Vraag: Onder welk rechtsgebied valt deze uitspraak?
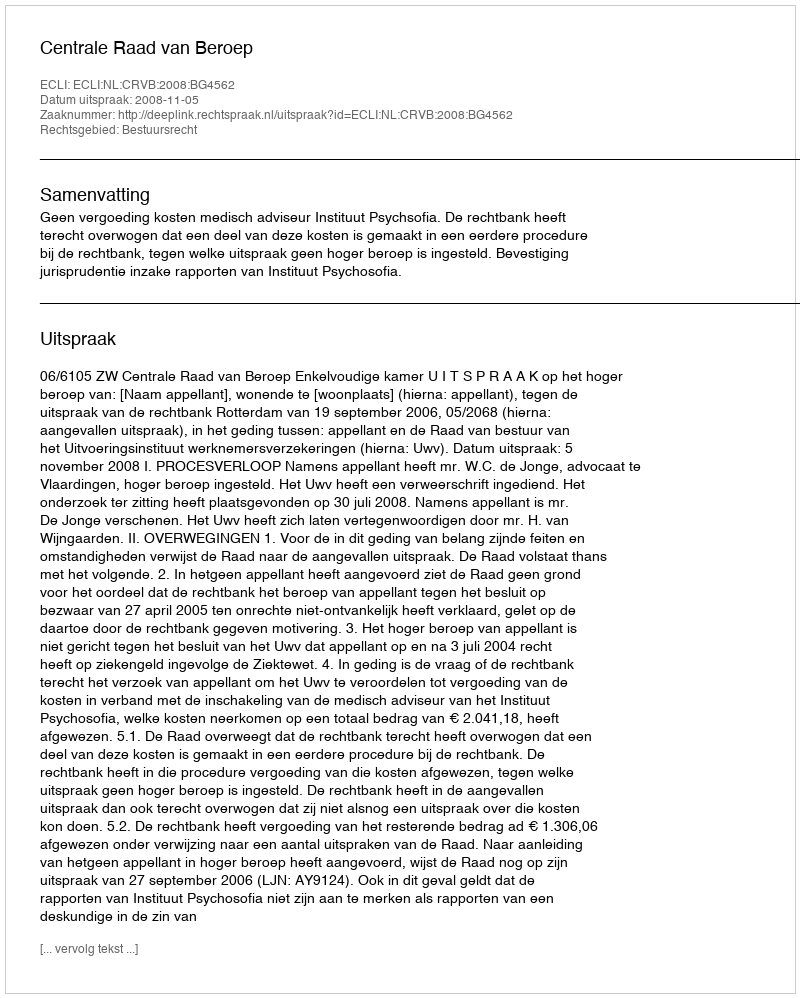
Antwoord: Bestuursrecht